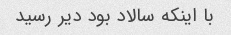
با اینکه سالاد بود دیر رسید